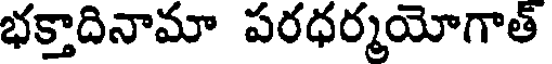
భక్తాదినామా పరధర్మయోగాత్